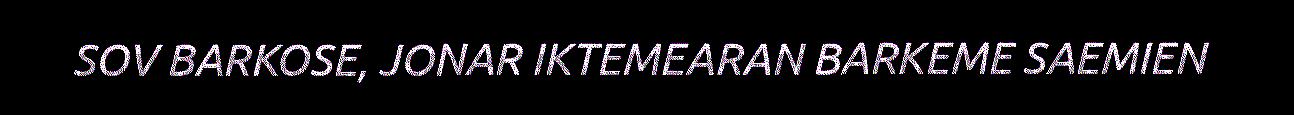
SOV BARKOSE, JONAR IKTEMEARAN BARKEME SAEMIEN